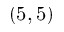
( 5 , 5 )